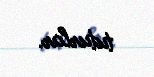
tuturlar.